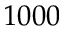
1 0 0 0